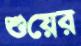
শুয়ের